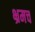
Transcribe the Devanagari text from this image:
भ्रमच